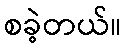
စခဲ့တယ်။